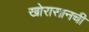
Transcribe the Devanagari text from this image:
खोरासानची